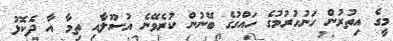
މީގެ އިތުރުން ހަނުހުރުމުގެ ހައްގުގެ ބޭނުން ކުރެވޭނެ އުސޫލާއި ތިމާ އާ ދެކޮޅު